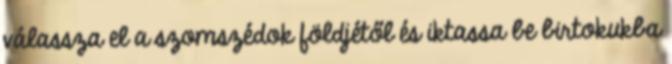
válassza el a szomszédok földjétől és iktassa be birtokukba